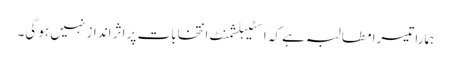
ہمارا تیسرا مطالبہ ہے کہ اسٹیبلشمنٹ انتخابات پر اثر انداز نہیں ہو گی۔